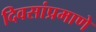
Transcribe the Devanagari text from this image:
दिवसांप्रमाणे